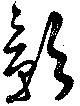
影